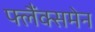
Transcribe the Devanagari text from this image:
फ्लैंक्समेन